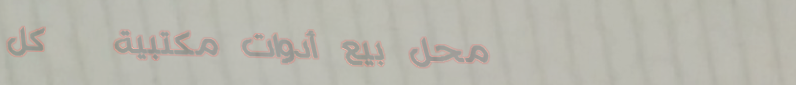
محل بيع أدوات مكتبية   كل